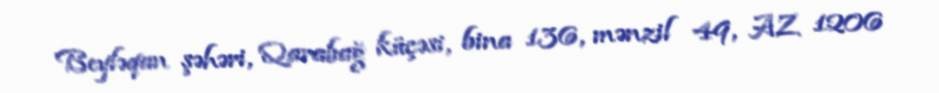
Beyləqan şəhəri, Qarabağ küçəsi, bina 136, mənzil 49, AZ 1206